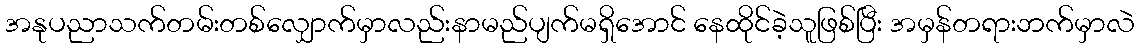
အနုပညာသက်တမ်းတစ်လျှောက်မှာလည်းနာမည်ပျက်မရှိအောင် နေထိုင်ခဲ့သူဖြစ်ပြီး အမှန်တရားဘက်မှာလဲ